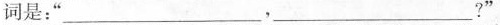
词是：”___，___?”